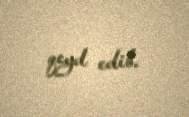
qeyd edib.